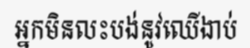
អ្នកមិនលះបង់នូវឈើងាប់